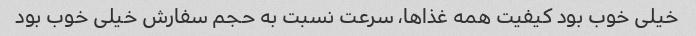
خیلی خوب بود کیفیت همه غذاها، سرعت نسبت به حجم سفارش خیلی خوب بود